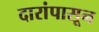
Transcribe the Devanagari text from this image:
दारांपासून